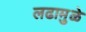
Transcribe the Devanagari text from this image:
लढामुळे